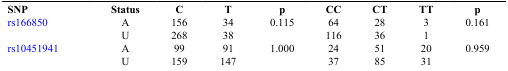
| SNP | Status | C | T | p | CC | CT | TT | p |
 | --- | --- | --- | --- | --- | --- | --- | --- | --- |
 | <ROWSPAN=2> rs166850 | A | 156 | 34 | <ROWSPAN=2> 0.115 | 64 | 28 | 3 | <ROWSPAN=2> 0.161 |
 | U | 268 | 38 | 116 | 36 | 1 |
 | <ROWSPAN=2> rs10451941 | A | 99 | 91 | <ROWSPAN=2> 1.000 | 24 | 51 | 20 | <ROWSPAN=2> 0.959 |
 | U | 159 | 147 | 37 | 85 | 31 |